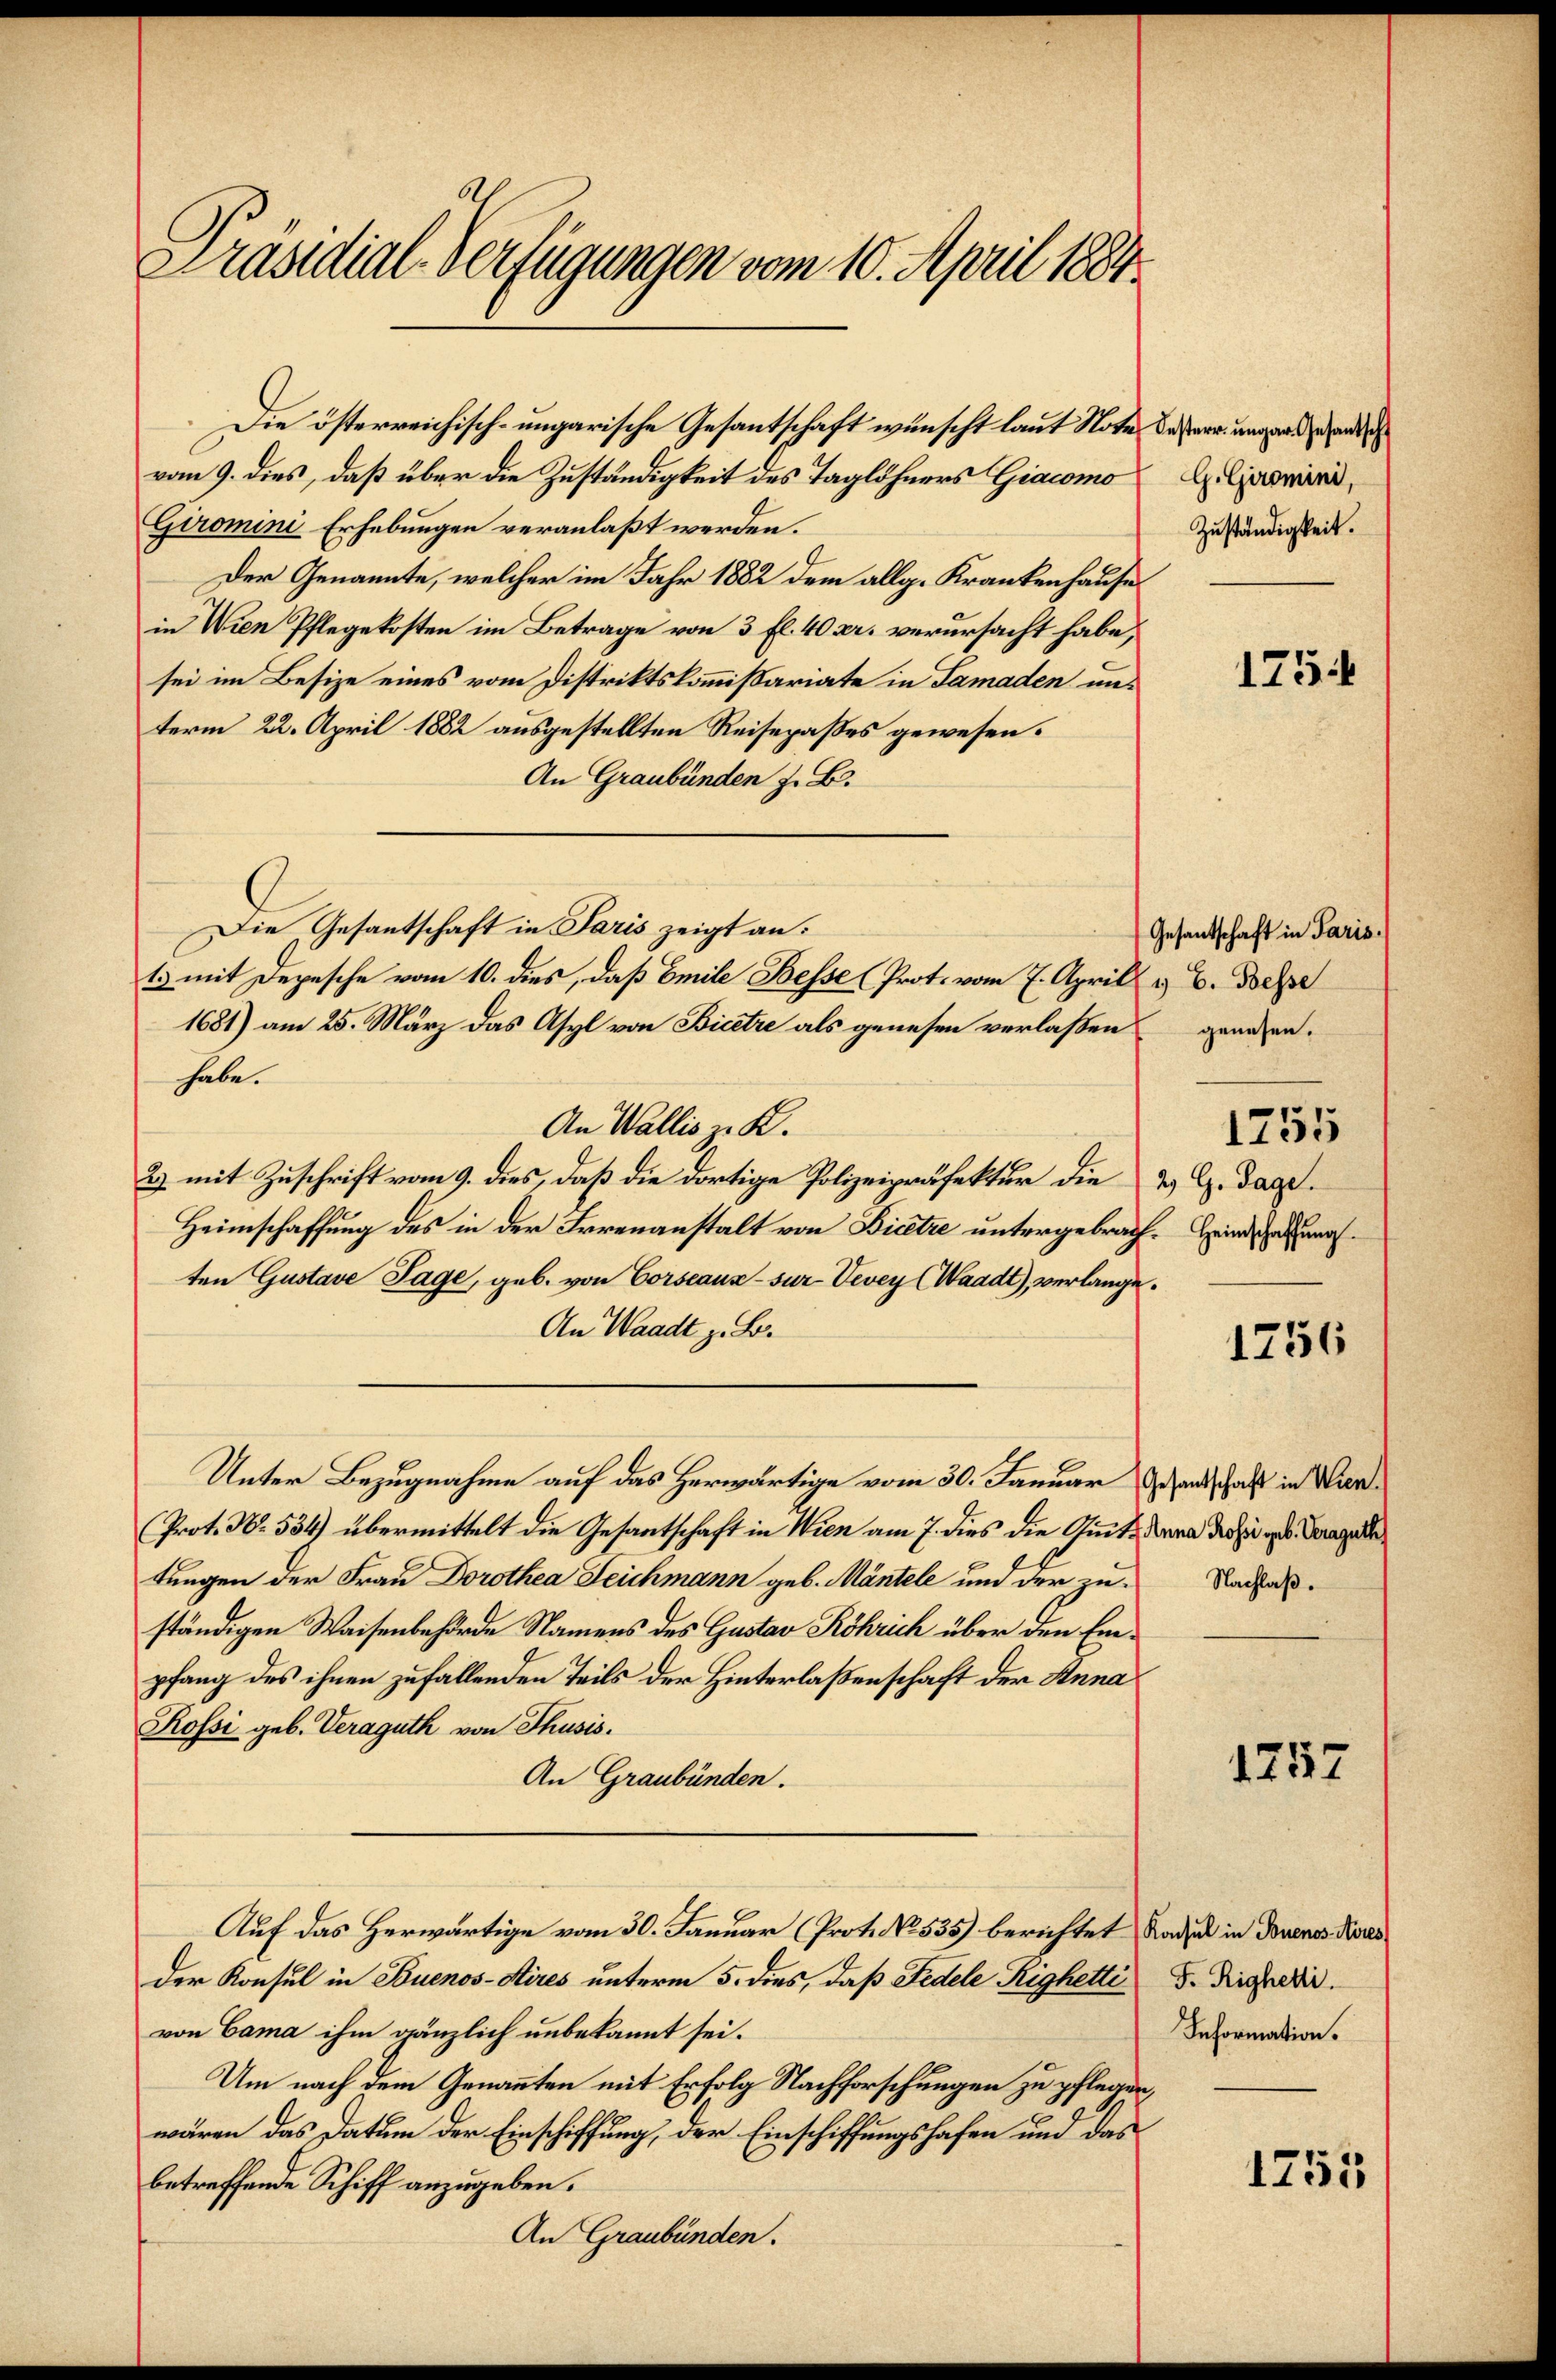
Präsidial-Verfügungen vom 10. April 1884.

vom 9. dies, daß über die Zuständigkeit des Taglöhners Giacomo
Giromini Erhebungen veranlaßt werden.
Der Genannte, welcher im Jahr 1882 dem allg. Krankenhause
in Wien Pflegekosten im Betrage von 3 fl. 40 kr. verursacht habe,
sei im Besize eines vom Distriktskommißariate in Samaden unterm 22. April 1882 ausgestellten Reisepaßes gewesen.
An Graubünden z. B.
Die Gesantschaft in Paris zeigt an.
1. mit Depesche vom 10. dies, daß Emile Besse (Prot. vom 7. April & B. Depe
1681) am 25. März das Asyl von Bicetre als genesen verlaßen genehen.
habe.
An Wallis z. B.
2) mit Zuschrift vom 9. dies, daß die dortige Polizeipräfektur die
Heimschaffung des in der Irrenanstalt von Bietze untergebrach. Heimathten Gustave Tage, geb. von Corseaus sur- Vevey (Waadt, verlange.
An Waadt z. B.
Unter Bezugnahme auf das Herwärtige vom 30. Januar Gesandschaft in War¬
Prot. No. 534) übermittelt die Gesantschaft in Wien am 7. dies die Quite dann die zu geb. Trages
tungen der Frau Dorothea Leichmann geb. Mäntele und der zuständigen Waisenbehörde Namens des Gustav Köhrich über den Empfang des ihnen zufallenden Teils der Hinterlaßenschaft der Anna
Rossi geb. Veraguth von Thusis.
An Graubünden.
Auf das Herwärtige vom 30. Januar (Prot. No. 535) berichtet Radel in Dorenes Nores
der Konsul in Buenos-Aires unterm 5. dies, daß Fedele Righetti
von Cama ihm gänzlich unbekannt sei.
Um nach dem Genannten mit Erfolg Nachforschungen zu pflegen
wären das Datum der Einschiffung, der Einschiffungshafen und das
betreffende Schiff anzugeben.
An Graubünden.

Die österreichisch-ungarische Gesantschaft wünscht laut Note dessern ungard ande

G. Giromini,
Zuständigkeit.

Gesantschaft in Paris.

1754

1755

2) G. Tage.

1256

Nachlaß.

1757

F. Righetti.
Information.

1255